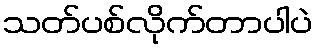
သတ်ပစ်လိုက်တာပါပဲ